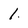
Character: 1